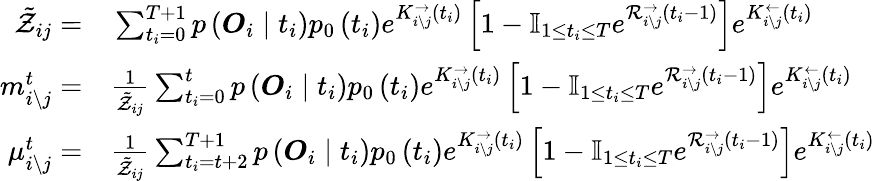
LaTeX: \begin{array}{rl}{\tilde{\mathcal{Z}}_{ij}=}&{{}\sum_{t_{i}=0}^{T+1}p\left(\boldsymbol{O}_{i}\mid t_{i}\right)p_{0}\left(t_{i}\right)e^{K_{i\backslash j}^{\rightarrow}\left(t_{i}\right)}\left[1-\mathbb{I}_{1\leq t_{i}\leq T}e^{\mathcal{R}_{i\backslash j}^{\rightarrow}\left(t_{i}-1\right)}\right]e^{K_{i\backslash j}^{\leftarrow}\left(t_{i}\right)}}\\ {m_{i\backslash j}^{t}=}&{{}\frac{1}{\tilde{\mathcal{Z}}_{ij}}\sum_{t_{i}=0}^{t}p\left(\boldsymbol{O}_{i}\mid t_{i}\right)p_{0}\left(t_{i}\right)e^{K_{i\backslash j}^{\rightarrow}\left(t_{i}\right)}\left[1-\mathbb{I}_{1\leq t_{i}\leq T}e^{\mathcal{R}_{i\backslash j}^{\rightarrow}\left(t_{i}-1\right)}\right]e^{K_{i\backslash j}^{\leftarrow}\left(t_{i}\right)}}\\ {\mu_{i\backslash j}^{t}=}&{{}\frac{1}{\tilde{\mathcal{Z}}_{ij}}\sum_{t_{i}=t+2}^{T+1}p\left(\boldsymbol{O}_{i}\mid t_{i}\right)p_{0}\left(t_{i}\right)e^{K_{i\backslash j}^{\rightarrow}\left(t_{i}\right)}\left[1-\mathbb{I}_{1\leq t_{i}\leq T}e^{\mathcal{R}_{i\backslash j}^{\rightarrow}\left(t_{i}-1\right)}\right]e^{K_{i\backslash j}^{\leftarrow}\left(t_{i}\right)}}\end{array}